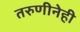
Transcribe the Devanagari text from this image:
तरुणीनेही